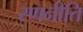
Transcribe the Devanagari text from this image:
रणनीति